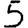
Digit: 5